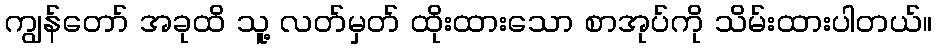
ကျွန်တော် အခုထိ သူ့ လတ်မှတ် ထိုးထားသော စာအုပ်ကို သိမ်းထားပါတယ်။